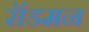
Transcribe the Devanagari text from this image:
रॉडमन